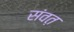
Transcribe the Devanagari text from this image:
संवत़